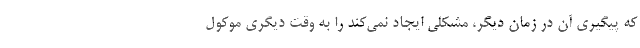
که پیگیری آن در زمان دیگر، مشکلی ایجاد نمی‌کند را به وقت دیگری موکول